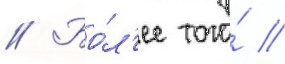
// Бо́л'ее того́ /